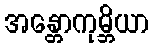
အန္တောကုမ္ဘိယာ